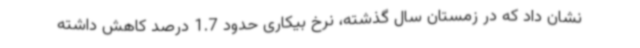
نشان داد که در زمستان سال گذشته، نرخ بیکاری حدود 1.7 درصد کاهش داشته